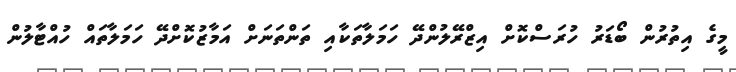
މީގެ އިތުރުން ބޯޑަރު ހުރަސްކޮށް އިޒްރޭލުންދޭ ހަމަލާތަކާއި ތަންތަނަށް އަމާޒުކޮށްދޭ ހަމަލާތައް ހުއްޓާލުން